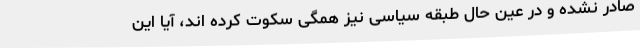
صادر نشده و در عین حال طبقه سیاسی نیز همگی سکوت کرده اند، آیا این